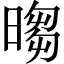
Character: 𣉵